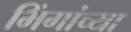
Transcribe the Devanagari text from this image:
भिंगांच्या